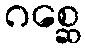
ဂစ္ဆေ